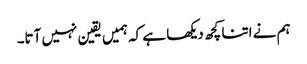
ہم نے اتنا کچھ دیکھا ہے کہ ہمیں یقین نہیں آتا۔